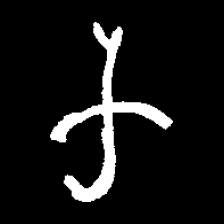
Pyu character \u2014 Myanmar letter: က (romanized: ka)